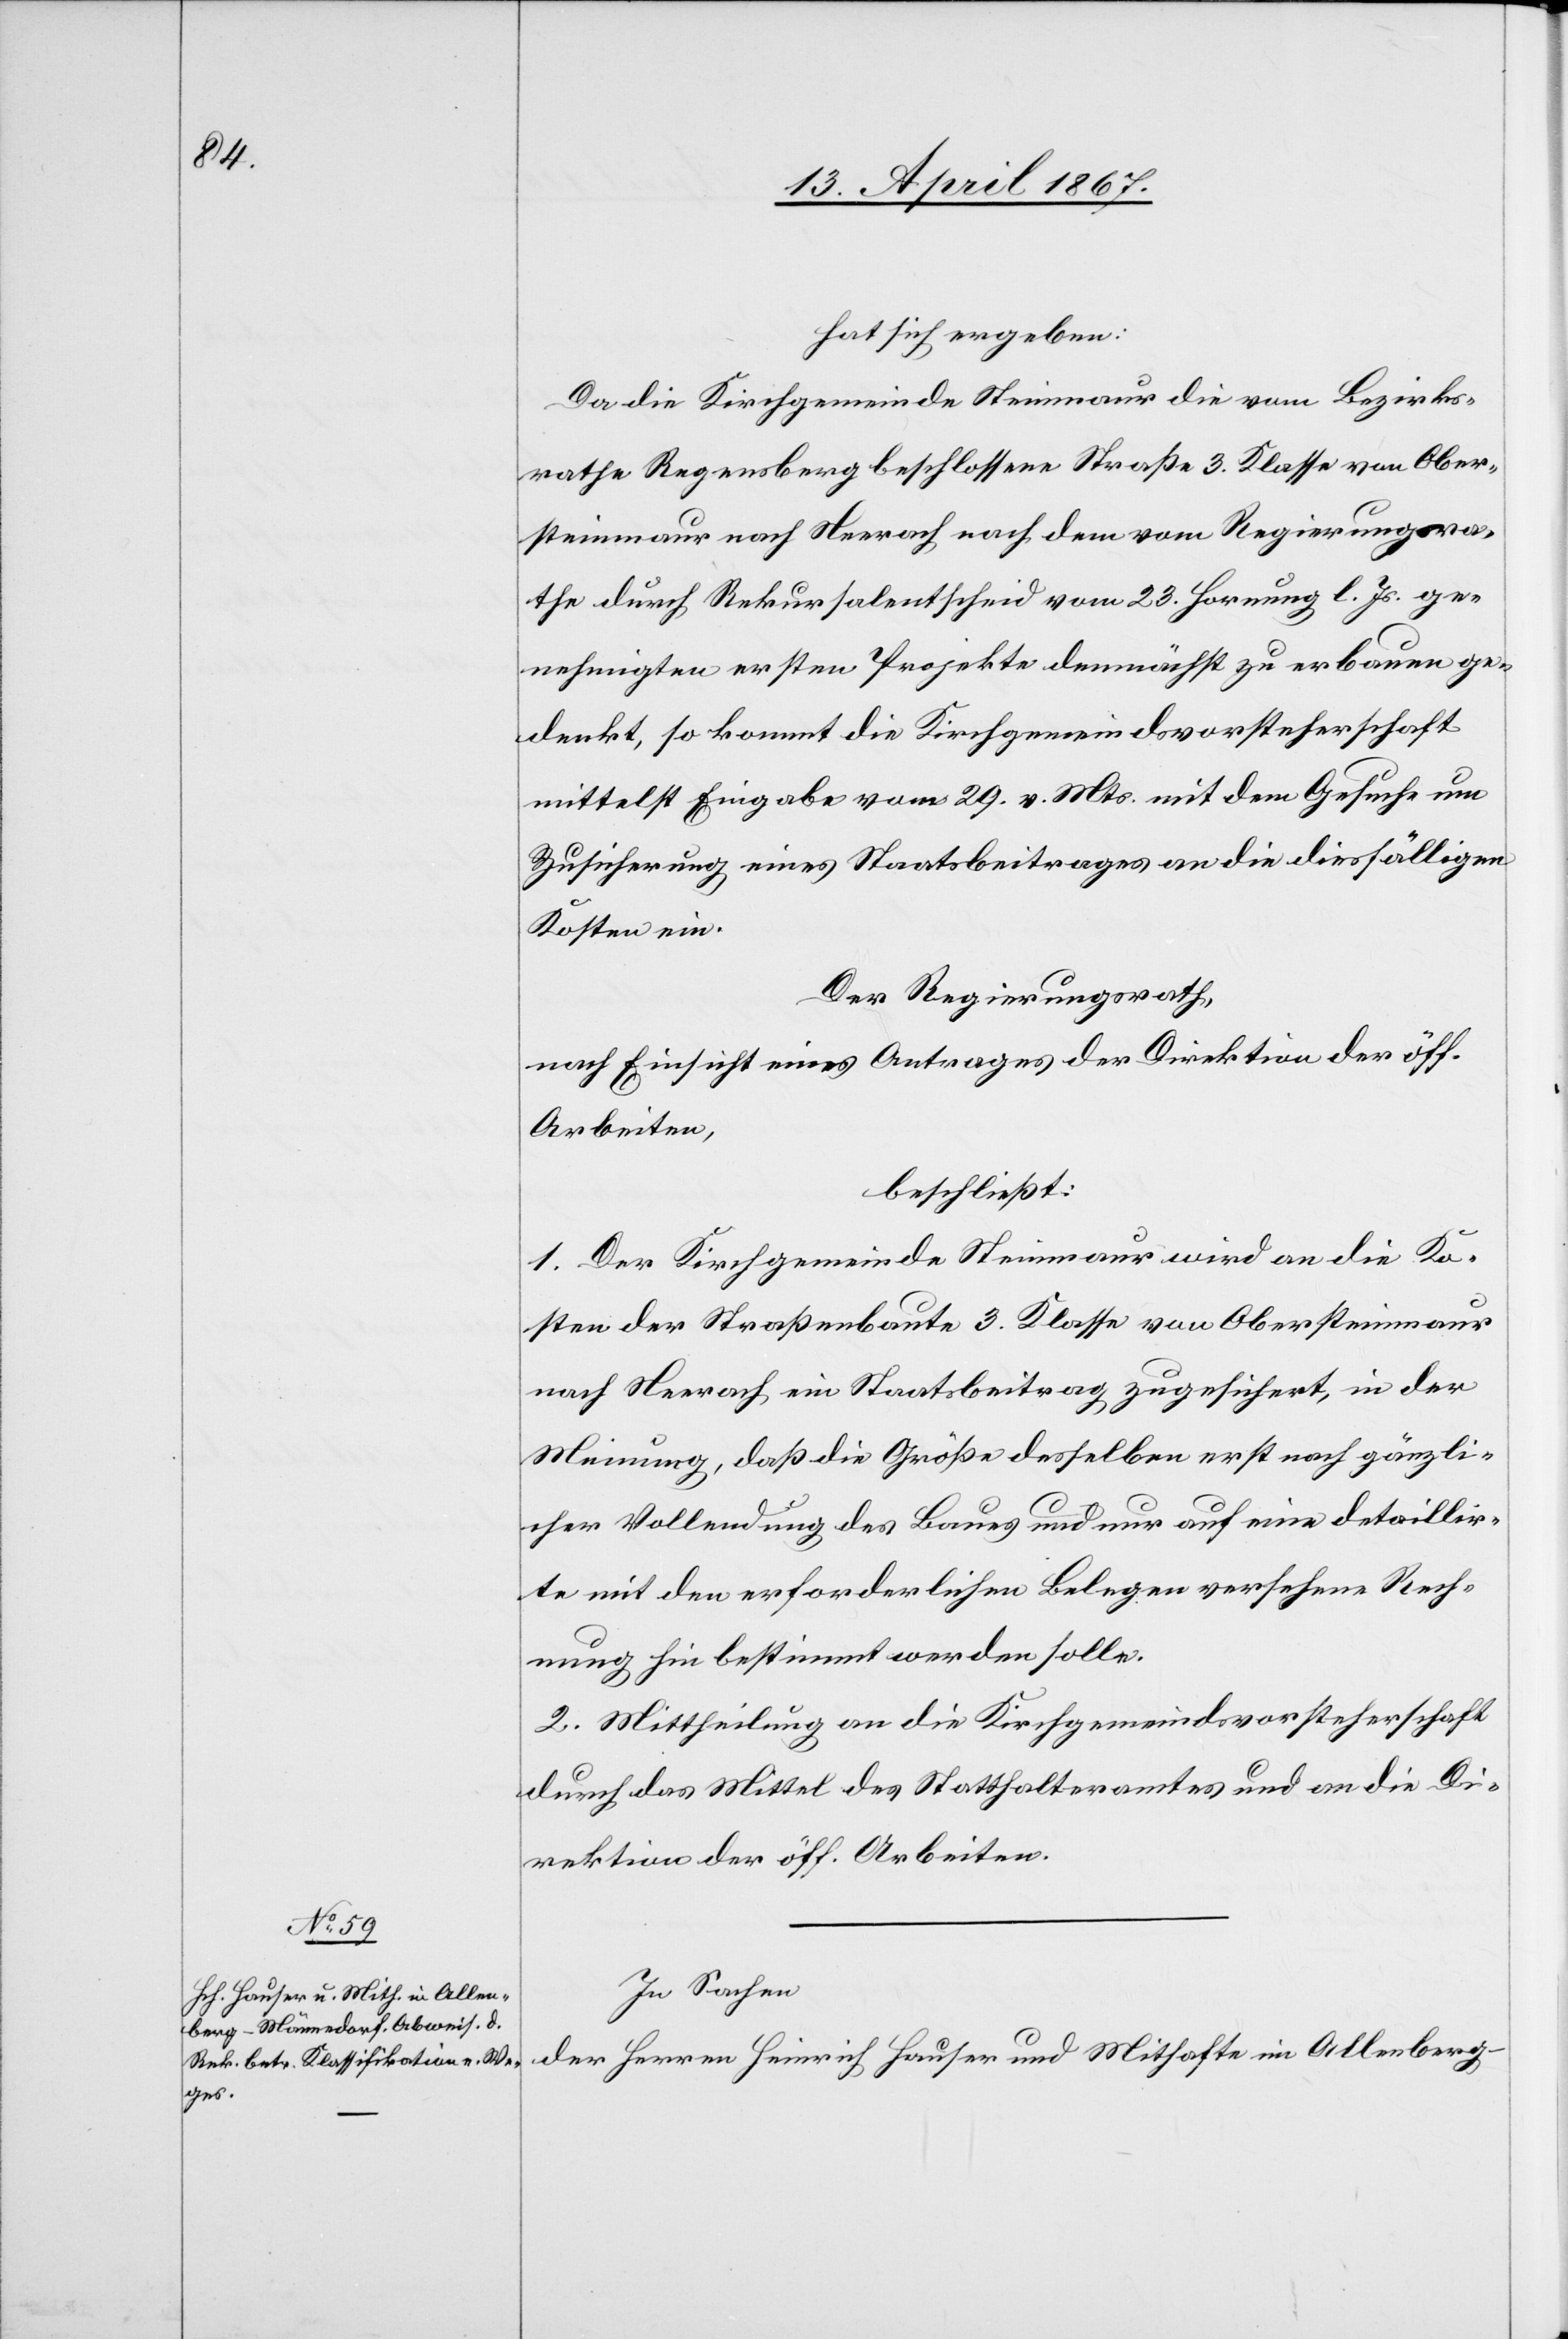
hat sich ergeben:
Da die Kirchgemeinde Steinmaur die vom Bezirks¬
rathe Regensberg beschlossene Straße 3. Klasse von Ober¬
steinmaur nach Neerach nach dem vom Regierungsra¬
the durch Rekursalentscheid vom 23. Hornung l. Js. ge¬
nehmigten ersten Projekte demnächst zu erbauen ge¬
denkt, so kommt die Kirchgemeindsvorsteherschaft
mittelst Eingabe vom 29. v. Mts. mit dem Gesuche um
Zusicherung eines Staatsbeitrages an die diesfälligen
Kosten ein.
Der Regierungsrath,
nach Einsicht eines Antrages der Direktion der öff.
Arbeiten,
beschließt:
1. Der Kirchgemeinde Steinmaur wird an die Ko¬
sten der Straßenbaute 3. Klasse von Obersteinmaur
nach Neerach ein Staatsbeitrag zugesichert, in der
Meinung, daß die Größe desselben erst nach gänzli¬
cher Vollendung des Baues und nur auf eine detaillir¬
te mit den erforderlichen Belegen versehene Rech¬
nung hin bestimmt werden solle.
2. Mittheilung an die Kirchgemeindsvorsteherschaft
durch das Mittel des Statthalteramtes und an die Di¬
rektion der öff. Arbeiten.
In Sachen
der Herren Heinrich Hauser und Mithafte im Allenberg-